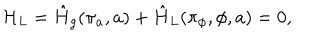
{ \cal H } _ { L } = \hat { H } _ { g } ( \pi _ { a } , a ) + \hat { H } _ { L } ( \pi _ { \phi } , \phi , a ) = 0 ,